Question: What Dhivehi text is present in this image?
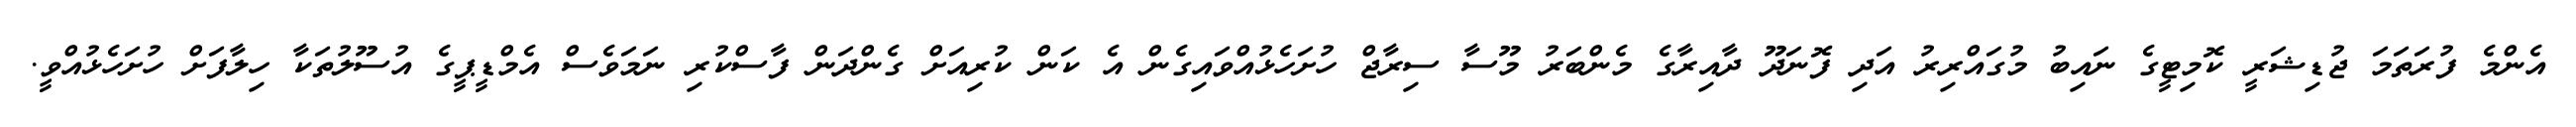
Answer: އެންމެ ފުރަތަމަ ޖުޑިޝަރީ ކޮމިޓީގެ ނައިބު މުގައްރިރު އަދި ފޮނަދޫ ދާއިރާގެ މެންބަރު މޫސާ ސިރާޖް ހުށަހެޅުއްވައިގެން އެ ކަން ކުރިއަށް ގެންދަން ފާސްކުރި ނަމަވެސް އެމްޑީޕީގެ އުސޫލުތަކާ ހިލާފަށް ހުށަހެޅުއްވީ.